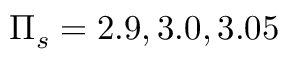
\Pi _ { s } = 2 . 9 , 3 . 0 , 3 . 0 5